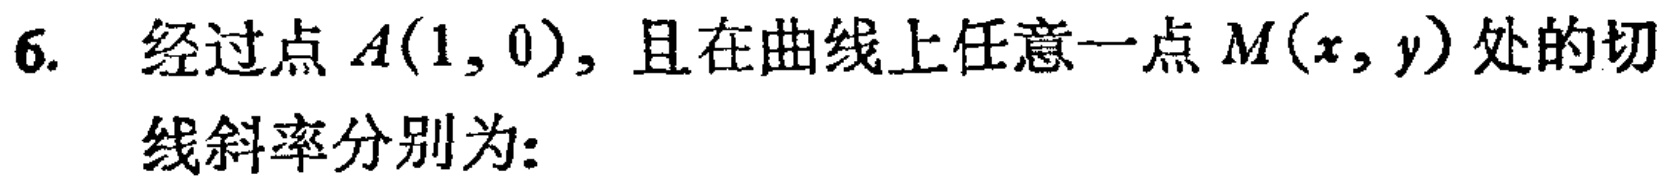
6. 经过点 \(A(1,0)\)，且在曲线上任意一点 \(M(x,y)\) 处的切
线斜率分别为: